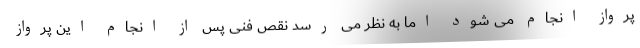
پرواز انجام می شود اما به نظر می رسد نقص فنی پس از انجام این پرواز